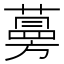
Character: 𦽦